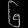
Digit: ၆